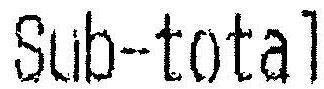
SUB-TOTAL